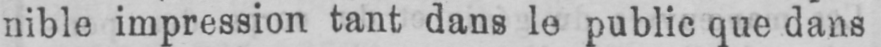
nible impression tant dans le public que dans